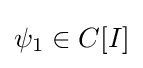
{\textstyle \psi _{1}\in C[I]}